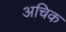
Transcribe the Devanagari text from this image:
अचिक